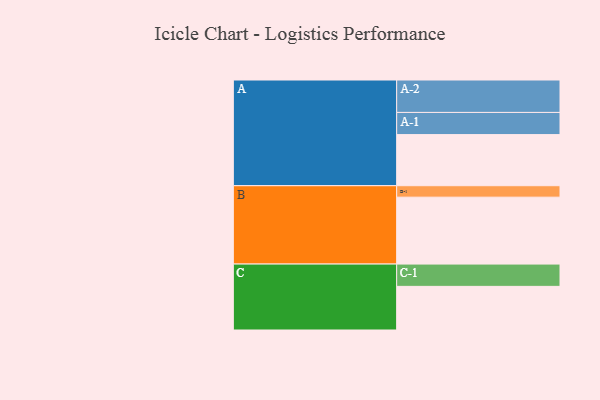
{"axis": {"x": "Segment", "y": "Value"}, "legend": ["", "A", "B", "C"], "data": [{"x": "A", "y": 424, "type": ""}, {"x": "B", "y": 555, "type": ""}, {"x": "C", "y": 362, "type": ""}, {"x": "A-1", "y": 184, "type": "A"}, {"x": "A-2", "y": 269, "type": "A"}, {"x": "B-1", "y": 95, "type": "B"}, {"x": "C-1", "y": 185, "type": "C"}]}